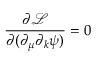
\frac { \partial \mathcal { L } } { \partial ( \partial _ { \mu } \partial _ { k } \psi ) } = 0